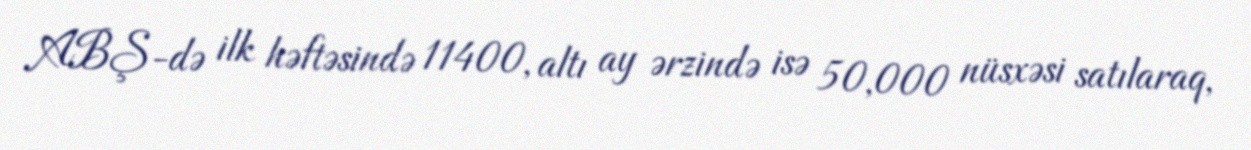
ABŞ-də ilk həftəsində 11400, altı ay ərzində isə 50,000 nüsxəsi satılaraq,